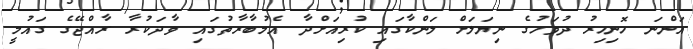
އަންނަ ހޮނިހިރު ދުވަހުގެ ނިޔަލަށް ލަންކާގައި ކުރިއަށްދާ އެމުބާރާތުގައި ވާދަކުރާ ރާއްޖޭގެ ގައުމީ